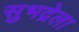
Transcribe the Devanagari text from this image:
सुभद्रेला